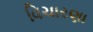
વિચારણા